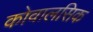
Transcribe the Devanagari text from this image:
कोवालसिक